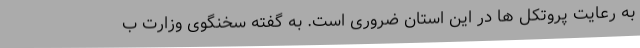
به رعایت پروتکل ها در این استان ضروری است. به گفته سخنگوی وزارت ب